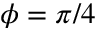
\phi = \pi / 4